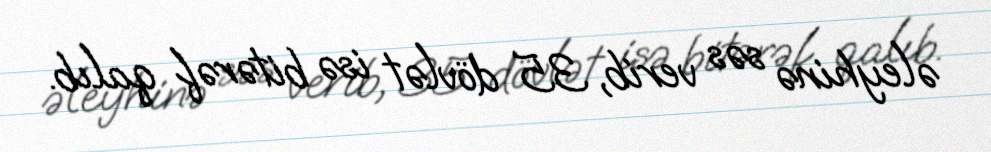
əleyhinə səs verib, 35 dövlət isə bitərəf qalıb.